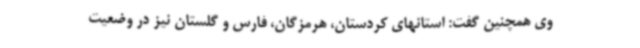
وی همچنین گفت: استانهای کردستان، هرمزگان، فارس و گلستان نیز در وضعیت